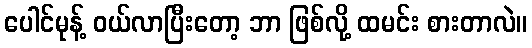
ပေါင်မုန့် ဝယ်လာပြီးတော့ ဘာ ဖြစ်လို့ ထမင်း စားတာလဲ။